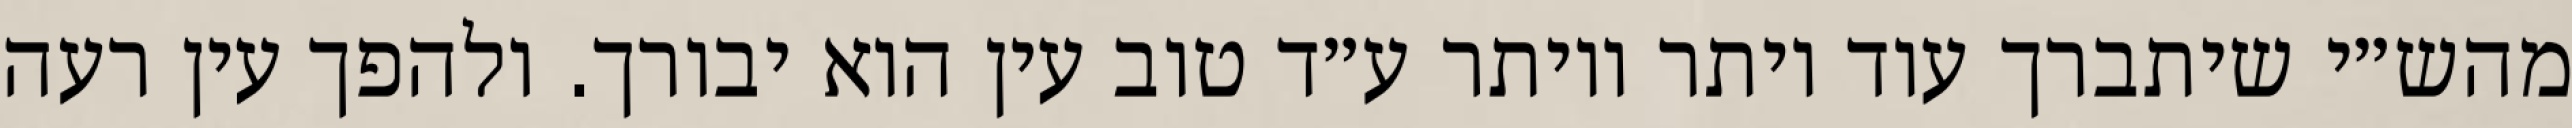
מהש״י שיתברך עוד יותר ויותר ע״ד טוב עין הוא יבורך. ולהפך עין רעה